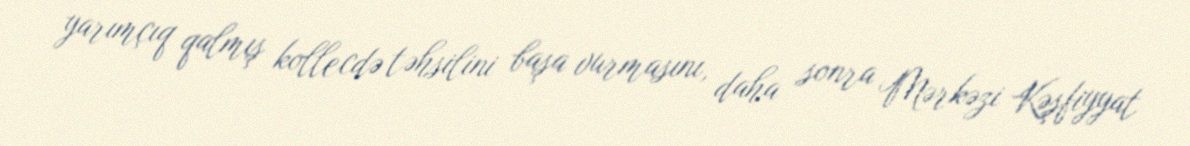
yarımçıq qalmış kollecdə təhsilini başa vurmasını, daha sonra Mərkəzi Kəşfiyyat